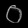
Digit: ၀